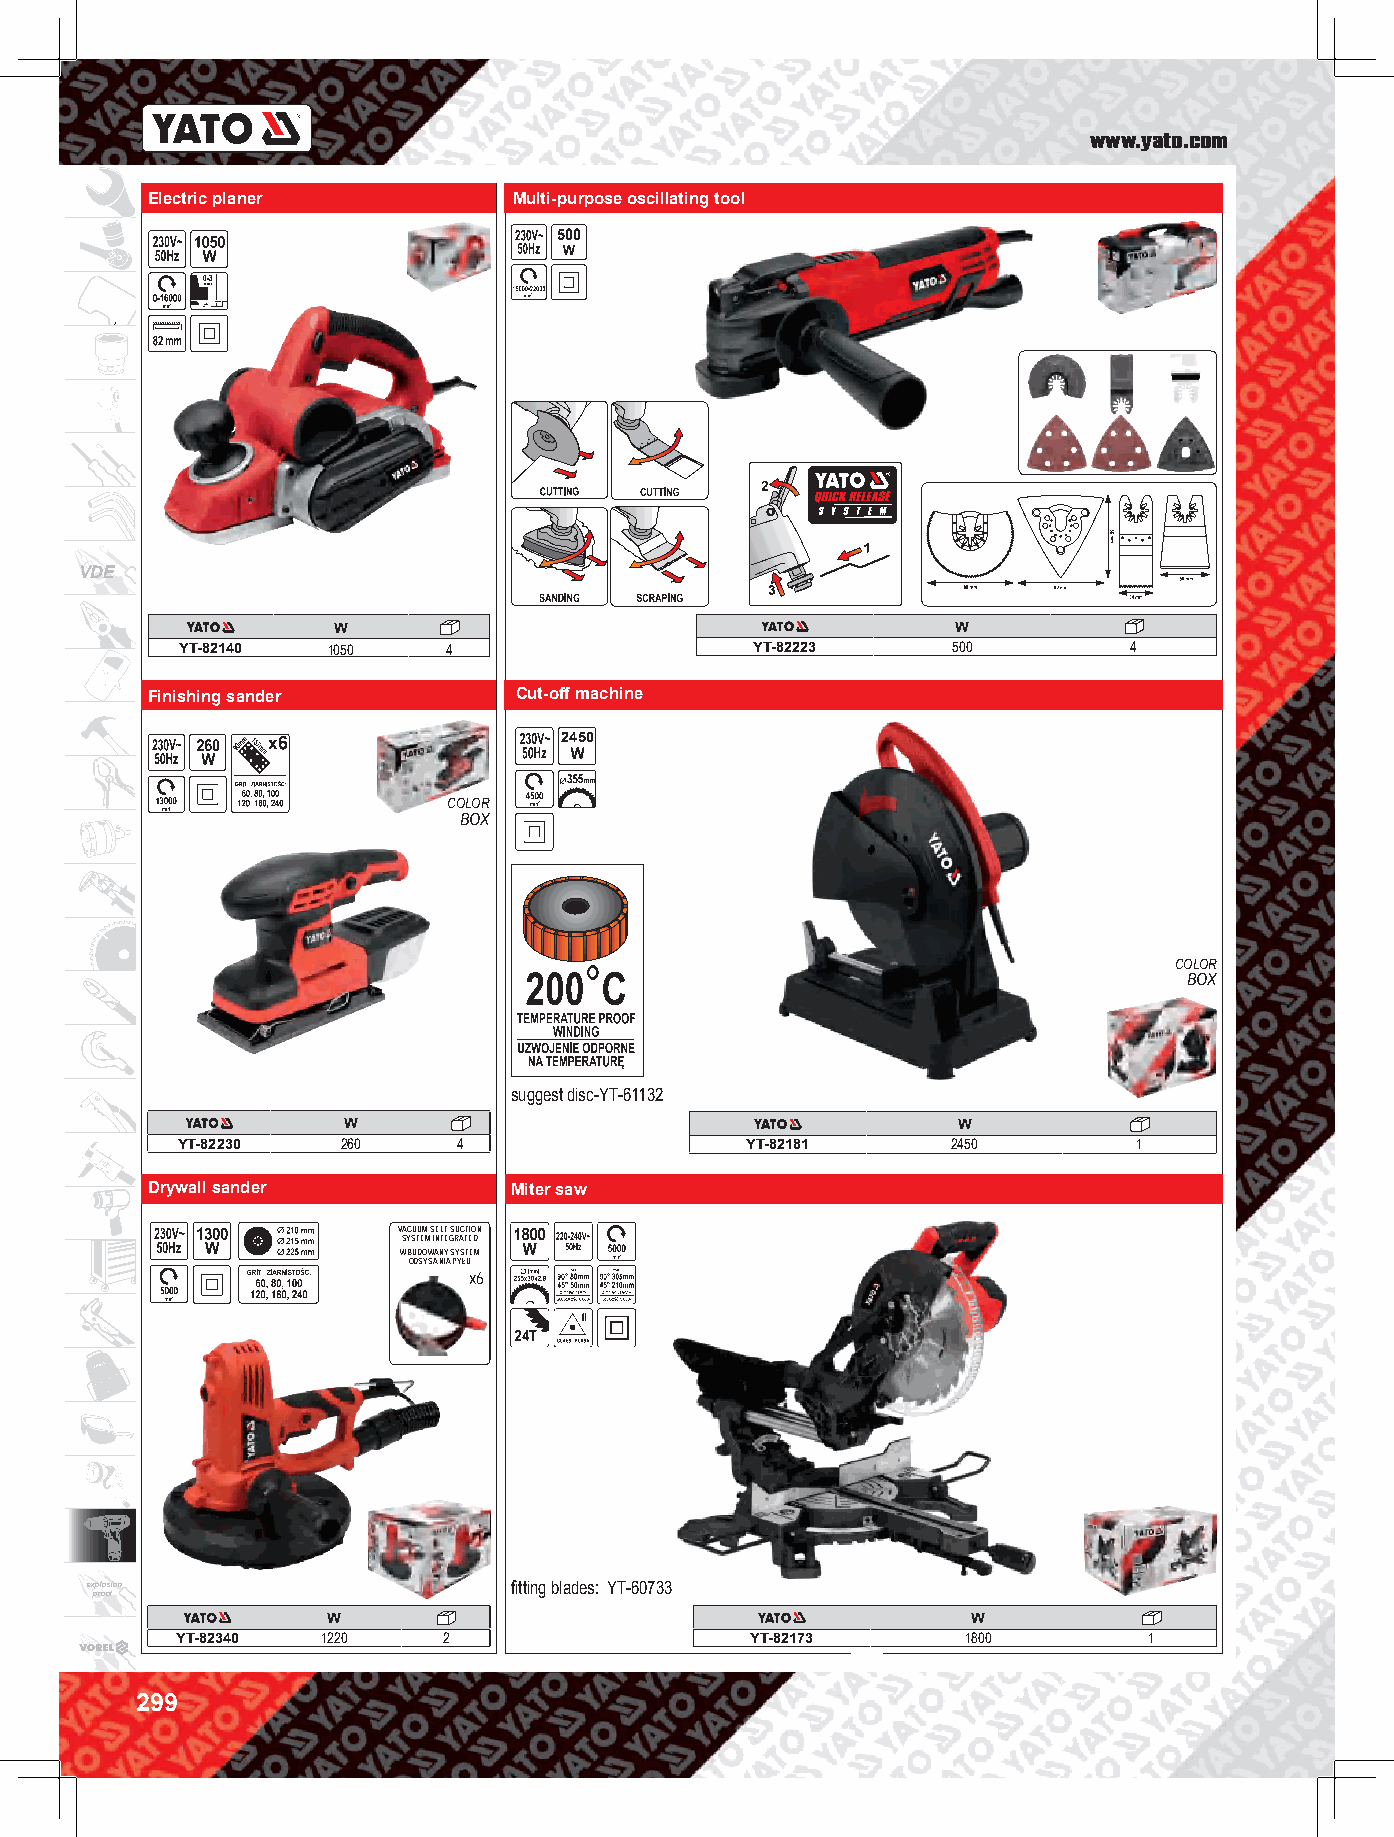
www.yato.com
 Electric planer         Multi-purpose oscillating tool
 500
 VDE
 W                                        W
 YT-82140  1050    4                   YT-82223     500         4
 Finishing sander        Cut-off machine
 2450
 COLOR
 BOX
 COLOR
 BOX
 suggest disc-YT-61132
 W                                       W
 YT-82230   260    4                  YT-82181      2450        1
 Drywall sander          Miter saw
 VACUUM SELF SUCTION
 SYSTEM INTEGRATED
 WBUDOWANY SYSTEM
 ODSYSANIA PYŁU
 x6
 explosion                   fitting blades: YT-60733
 proof
 W                                         W
 YT-82340 1220    2                    YT-82173      1800        1
 299